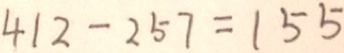
4 1 2 - 2 5 7 = 1 5 5